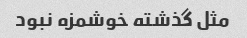
مثل گذشته خوشمزه نبود